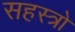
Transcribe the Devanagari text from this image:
सहस्त्रो